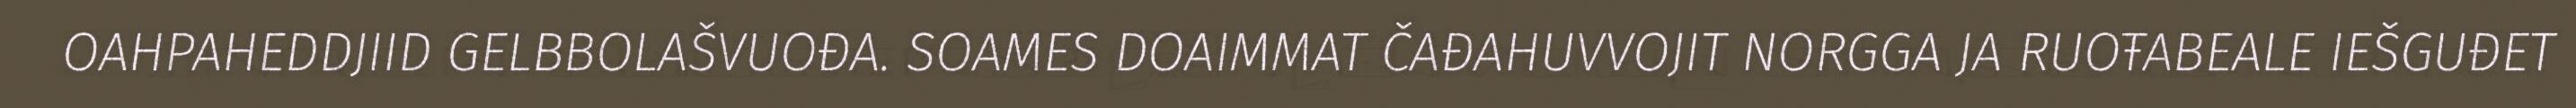
OAHPAHEDDJIID GELBBOLAŠVUOĐA. SOAMES DOAIMMAT ČAĐAHUVVOJIT NORGGA JA RUOŦABEALE IEŠGUĐET